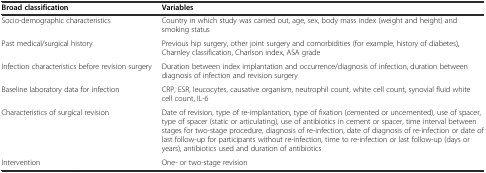
| Broad classification | Variables |
 | --- | --- |
 | Socio-demographic characteristics | Country in which study was carried out, age, sex, body mass index (weight and height) and smoking status |
 | Past medical/surgical history | Previous hip surgery, other joint surgery and comorbidities (for example, history of diabetes), Charnley classification, Charlson index, ASA grade |
 | Infection characteristics before revision surgery | Duration between index implantation and occurrence/diagnosis of infection, duration between diagnosis of infection and revision surgery |
 | Baseline laboratory data for infection | CRP, ESR, leucocytes, causative organism, neutrophil count, white cell count, synovial fluid white cell count, IL-6 |
 | Characteristics of surgical revision | Date of revision, type of re-implantation, type of fixation (cemented or uncemented), use of spacer, type of spacer (static or articulating), use of antibiotics in cement or spacer, time interval between stages for two-stage procedure, diagnosis of re-infection, date of diagnosis of re-infection or date of last follow-up for participants without re-infection, time to re-infection or last follow-up (days or years), antibiotics used and duration of antibiotics |
 | Intervention | One- or two-stage revision |